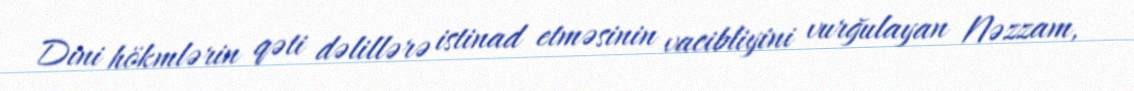
Dini hökmlərin qəti dəlillərə istinad etməsinin vacibliyini vurğulayan Nəzzam,